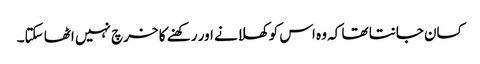
کسان جانتا تھا کہ وہ اس کو کھلانے اور رکھنے کا خرچ نہیں اٹھا سکتا۔